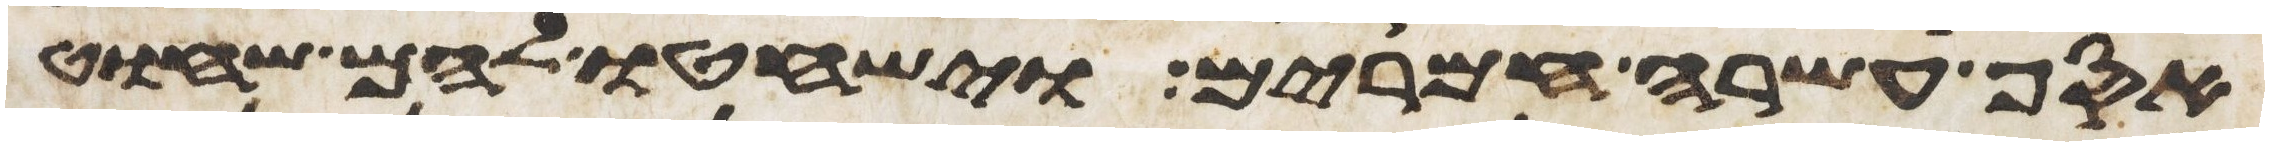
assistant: אסף עשרה חמרים וישחטו להם שחוט